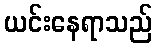
ယင်းနေရာသည်